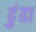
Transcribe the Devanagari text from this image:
ढुंढा